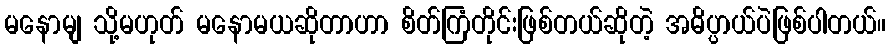
မနောမျ သို့မဟုတ် မနောမယဆိုတာဟာ စိတ်ကြံတိုင်းဖြစ်တယ်ဆိုတဲ့ အဓိပ္ပာယ်ပဲဖြစ်ပါတယ်။